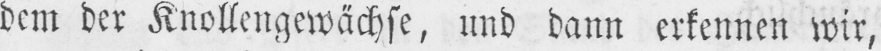
dem der Knollengewächse, und dann erkennen wir,